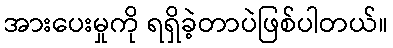
အားပေးမှုကို ရရှိခဲ့တာပဲဖြစ်ပါတယ်။